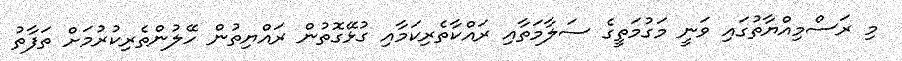
މި ރަސްމިއްޔާތުގައި ވަނީ މަގުމަތީގެ ސަލާމަތާއި ރައްކާތެރިކަމާއި ގުޅޭގޮތުން ރައްޔިތުން ހޭލުންތެރިކުރުމަށް ތަފާތު